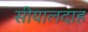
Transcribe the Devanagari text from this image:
सीयालदाह